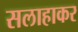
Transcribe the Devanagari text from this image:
सलाहाकर